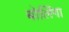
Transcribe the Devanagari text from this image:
बोलिंगा